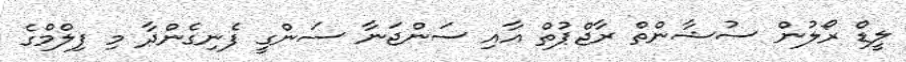
ލީޑް ރޯލުން ސުޝާންތް ރާޖްޕުތް އާއި ސަންޖަނާ ސަންގީ ފެނިގެންދާ މި ފިލްމްގެ